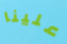
علينا